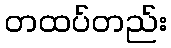
တထပ်တည်း